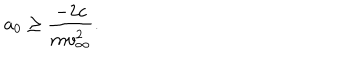
a _ { 0 } \ge \frac { - 2 c } { m v _ { \infty } ^ { 2 } } .